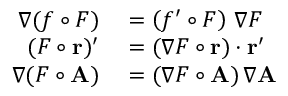
\begin{array} { r l } { \nabla ( f \circ F ) } & { { } = \left( f ^ { \prime } \circ F \right) \, \nabla F } \\ { ( F \circ \mathbf { r } ) ^ { \prime } } & { { } = ( \nabla F \circ \mathbf { r } ) \cdot \mathbf { r } ^ { \prime } } \\ { \nabla ( F \circ \mathbf { A } ) } & { { } = ( \nabla F \circ \mathbf { A } ) \, \nabla \mathbf { A } } \end{array}